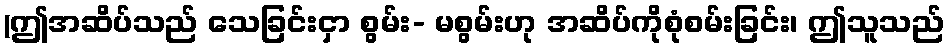
(ဤအဆိပ်သည် သေခြင်းငှာ စွမ်း- မစွမ်းဟု အဆိပ်ကိုစုံစမ်းခြင်း၊ ဤသူသည်